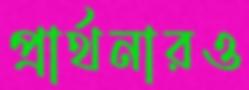
প্রার্থনারও